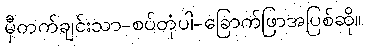
မှီတက်ချင်းသာ-စပ်တုံပါ-ခြောက်ဖြာအပြစ်ဆို။